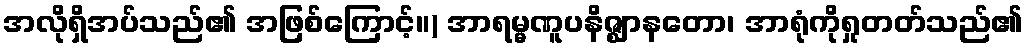
အလိုရှိအပ်သည်၏ အဖြစ်ကြောင့်။) အာရမ္မဏူပနိဇ္ဈာနတော၊ အာရုံကိုရှုတတ်သည်၏